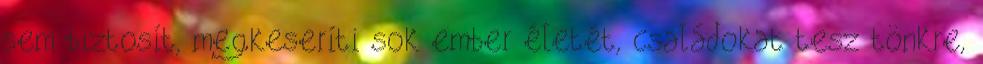
sem biztosít, megkeseríti sok ember életét, családokat tesz tönkre,